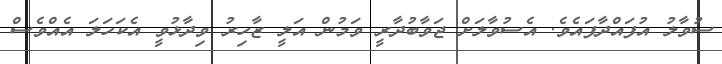
ސުވާލު އުފައްދާފައެވެ. އެސުވާލަށް ޖަވާބުދާރީ ވަމުން އަލީ ޒާހިރު ވިދާޅުވީ އެކަހަލަ އެއްވެސް